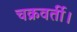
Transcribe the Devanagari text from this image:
चक्रवर्ती।